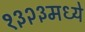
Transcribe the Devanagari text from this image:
१३२३मध्ये